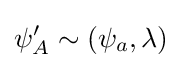
\psi _{A}'\sim (\psi _{a},\lambda )